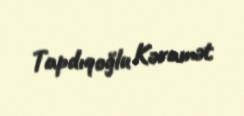
Tapdıqoğlu Kəramət